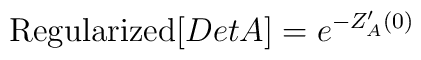
\hbox{Regularized[$Det A$]} = e^{-Z_A'(0)}